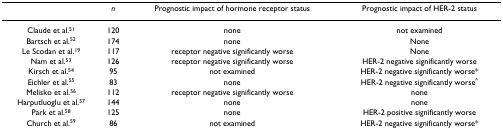
<table><thead><tr><td></td><td><b><i>n</i></b></td><td><b>Prognostic impact of hormone receptor status</b></td><td><b>Prognostic impact of HER-2 status</b></td></tr></thead><tbody><tr><td>Claude et al.<sup>51</sup></td><td>120</td><td>none</td><td>not examined</td></tr><tr><td>Bartsch et al.<sup>52</sup></td><td>174</td><td>none</td><td>None</td></tr><tr><td>Le Scodan et al.<sup>19</sup></td><td>117</td><td>receptor negative significantly worse</td><td>None</td></tr><tr><td>Nam et al.<sup>53</sup></td><td>126</td><td>receptor negative significantly worse</td><td>HER-2 negative significantly worse</td></tr><tr><td>Kirsch et al.<sup>54</sup></td><td>95</td><td>not examined</td><td>HER-2 negative significantly worse*</td></tr><tr><td>Eichler et al.<sup>55</sup></td><td>83</td><td>none</td><td>HER-2 negative significantly worse<sup>^</sup></td></tr><tr><td>Melisko et al.<sup>56</sup></td><td>112</td><td>receptor negative significantly worse</td><td>none</td></tr><tr><td>Harputluoglu et al.<sup>57</sup></td><td>144</td><td>none</td><td>none</td></tr><tr><td>Park et al.<sup>58</sup></td><td>125</td><td>none</td><td>HER-2 positive significantly worse</td></tr><tr><td>Church et al.<sup>59</sup></td><td>86</td><td>not examined</td><td>HER-2 negative significantly worse*</td></tr></tbody></table>